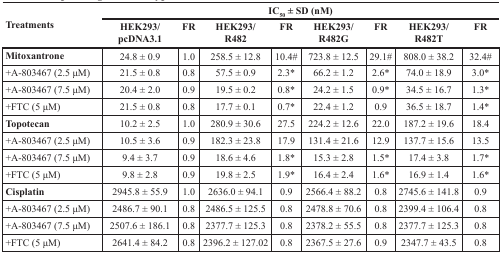
<table><thead><tr><td rowspan="2"><b>Treatments</b></td><td colspan="8"><b>IC<sub>50</sub> ± SD (nM)</b></td></tr><tr><td><b>HEK293/pcDNA3.1</b></td><td><b>FR</b></td><td><b>HEK293/R482</b></td><td><b>FR</b></td><td><b>HEK293/R482G</b></td><td><b>FR</b></td><td><b>HEK293/R482T</b></td><td><b>FR</b></td></tr></thead><tbody><tr><td>Mitoxantrone</td><td>24.8 ± 0.9</td><td>1.0</td><td>258.5 ± 12.8</td><td>10.4#</td><td>723.8 ± 12.5</td><td>29.1#</td><td>808.0 ± 38.2</td><td>32.4#</td></tr><tr><td>+A-803467 (2.5 μM)</td><td>21.5 ± 0.8</td><td>0.8</td><td>57.5 ± 0.9</td><td>2.3*</td><td>66.2 ± 1.2</td><td>2.6*</td><td>74.0 ± 18.9</td><td>3.0*</td></tr><tr><td>+A-803467 (7.5 μM)</td><td>20.4 ± 2.0</td><td>0.9</td><td>19.5 ± 0.2</td><td>0.8*</td><td>24.2 ± 1.5</td><td>0.9*</td><td>34.5 ± 16.7</td><td>1.3*</td></tr><tr><td>+FTC (5 μM)</td><td>21.5 ± 0.8</td><td>0.8</td><td>17.7 ± 0.1</td><td>0.7*</td><td>22.4 ± 1.2</td><td>0.9</td><td>36.5 ± 18.7</td><td>1.4*</td></tr><tr><td>Topotecan</td><td>10.2 ± 2.5</td><td>1.0</td><td>280.9 ± 30.6</td><td>27.5</td><td>224.2 ± 12.6</td><td>22.0</td><td>187.2 ± 19.6</td><td>18.4</td></tr><tr><td>+A-803467 (2.5 μM)</td><td>10.5 ± 3.6</td><td>0.9</td><td>182.3 ± 23.8</td><td>17.9</td><td>131.4 ± 21.6</td><td>12.9</td><td>137.7 ± 15.6</td><td>13.5</td></tr><tr><td>+A-803467 (7.5 μM)</td><td>9.4 ± 3.7</td><td>0.9</td><td>18.6 ± 4.6</td><td>1.8*</td><td>15.3 ± 2.8</td><td>1.5*</td><td>17.4 ± 3.8</td><td>1.7*</td></tr><tr><td>+FTC (5 μM)</td><td>9.8 ± 2.8</td><td>0.9</td><td>19.8 ± 2.5</td><td>1.9*</td><td>16.4 ± 2.4</td><td>1.6*</td><td>16.9 ± 1.4</td><td>1.6*</td></tr><tr><td>Cisplatin</td><td>2945.8 ± 55.9</td><td>1.0</td><td>2636.0 ± 94.1</td><td>0.9</td><td>2566.4 ± 88.2</td><td>0.8</td><td>2745.6 ± 141.8</td><td>0.9</td></tr><tr><td>+A-803467 (2.5 μM)</td><td>2486.7 ± 90.1</td><td>0.8</td><td>2486.5 ± 125.5</td><td>0.8</td><td>2478.8 ± 70.6</td><td>0.8</td><td>2399.4 ± 106.4</td><td>0.8</td></tr><tr><td>+A-803467 (7.5 μM)</td><td>2507.6 ± 186.1</td><td>0.8</td><td>2377.7 ± 125.3</td><td>0.8</td><td>2378.2 ± 55.5</td><td>0.8</td><td>2377.7 ± 125.3</td><td>0.8</td></tr><tr><td>+FTC (5 μM)</td><td>2641.4 ± 84.2</td><td>0.8</td><td>2396.2 ± 127.02</td><td>0.8</td><td>2367.5 ± 27.6</td><td>0.9</td><td>2347.7 ± 43.5</td><td>0.8</td></tr></tbody></table>